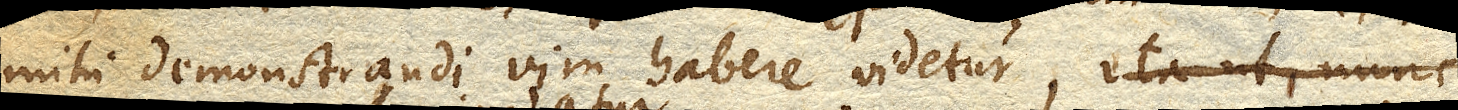
mihi demonstrandi vim habere videtur, ita ut, nunc